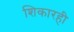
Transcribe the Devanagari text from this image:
शिकारही